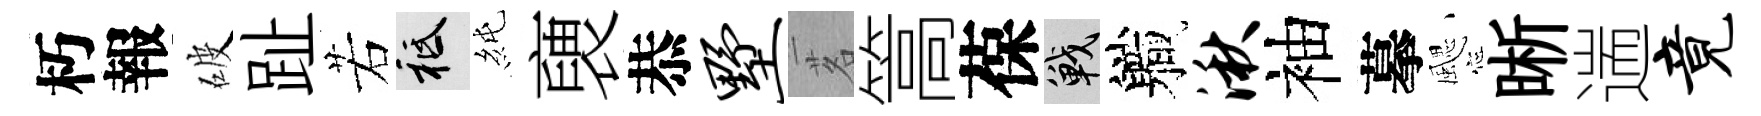
朽報破趾若祇純褏恭墅茗篙葆戰軄湫袖摹颸晰遄竟